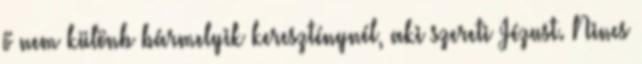
ő nem különb bármelyik kereszténynél, aki szereti Jézust. Nincs